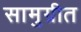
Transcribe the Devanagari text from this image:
सामुग्रीत